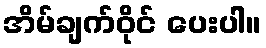
အိမ်ချက်ဝိုင် ပေးပါ။